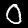
Digit: 0